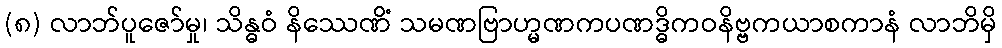
(၈) လာဘ်ပူဇော်မှု၊ သိန္ဓဝံ နိဿေဏိံ သမဏဗြာဟ္မဏကပဏဒ္ဓိကဝနိဗ္ဗကယာစကာနံ လာဘိမှိ